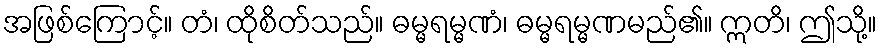
အဖြစ်ကြောင့်။ တံ၊ ထိုစိတ်သည်။ ဓမ္မရမ္မဏံ၊ ဓမ္မရမ္မဏမည်၏။ ဣတိ၊ ဤသို့။